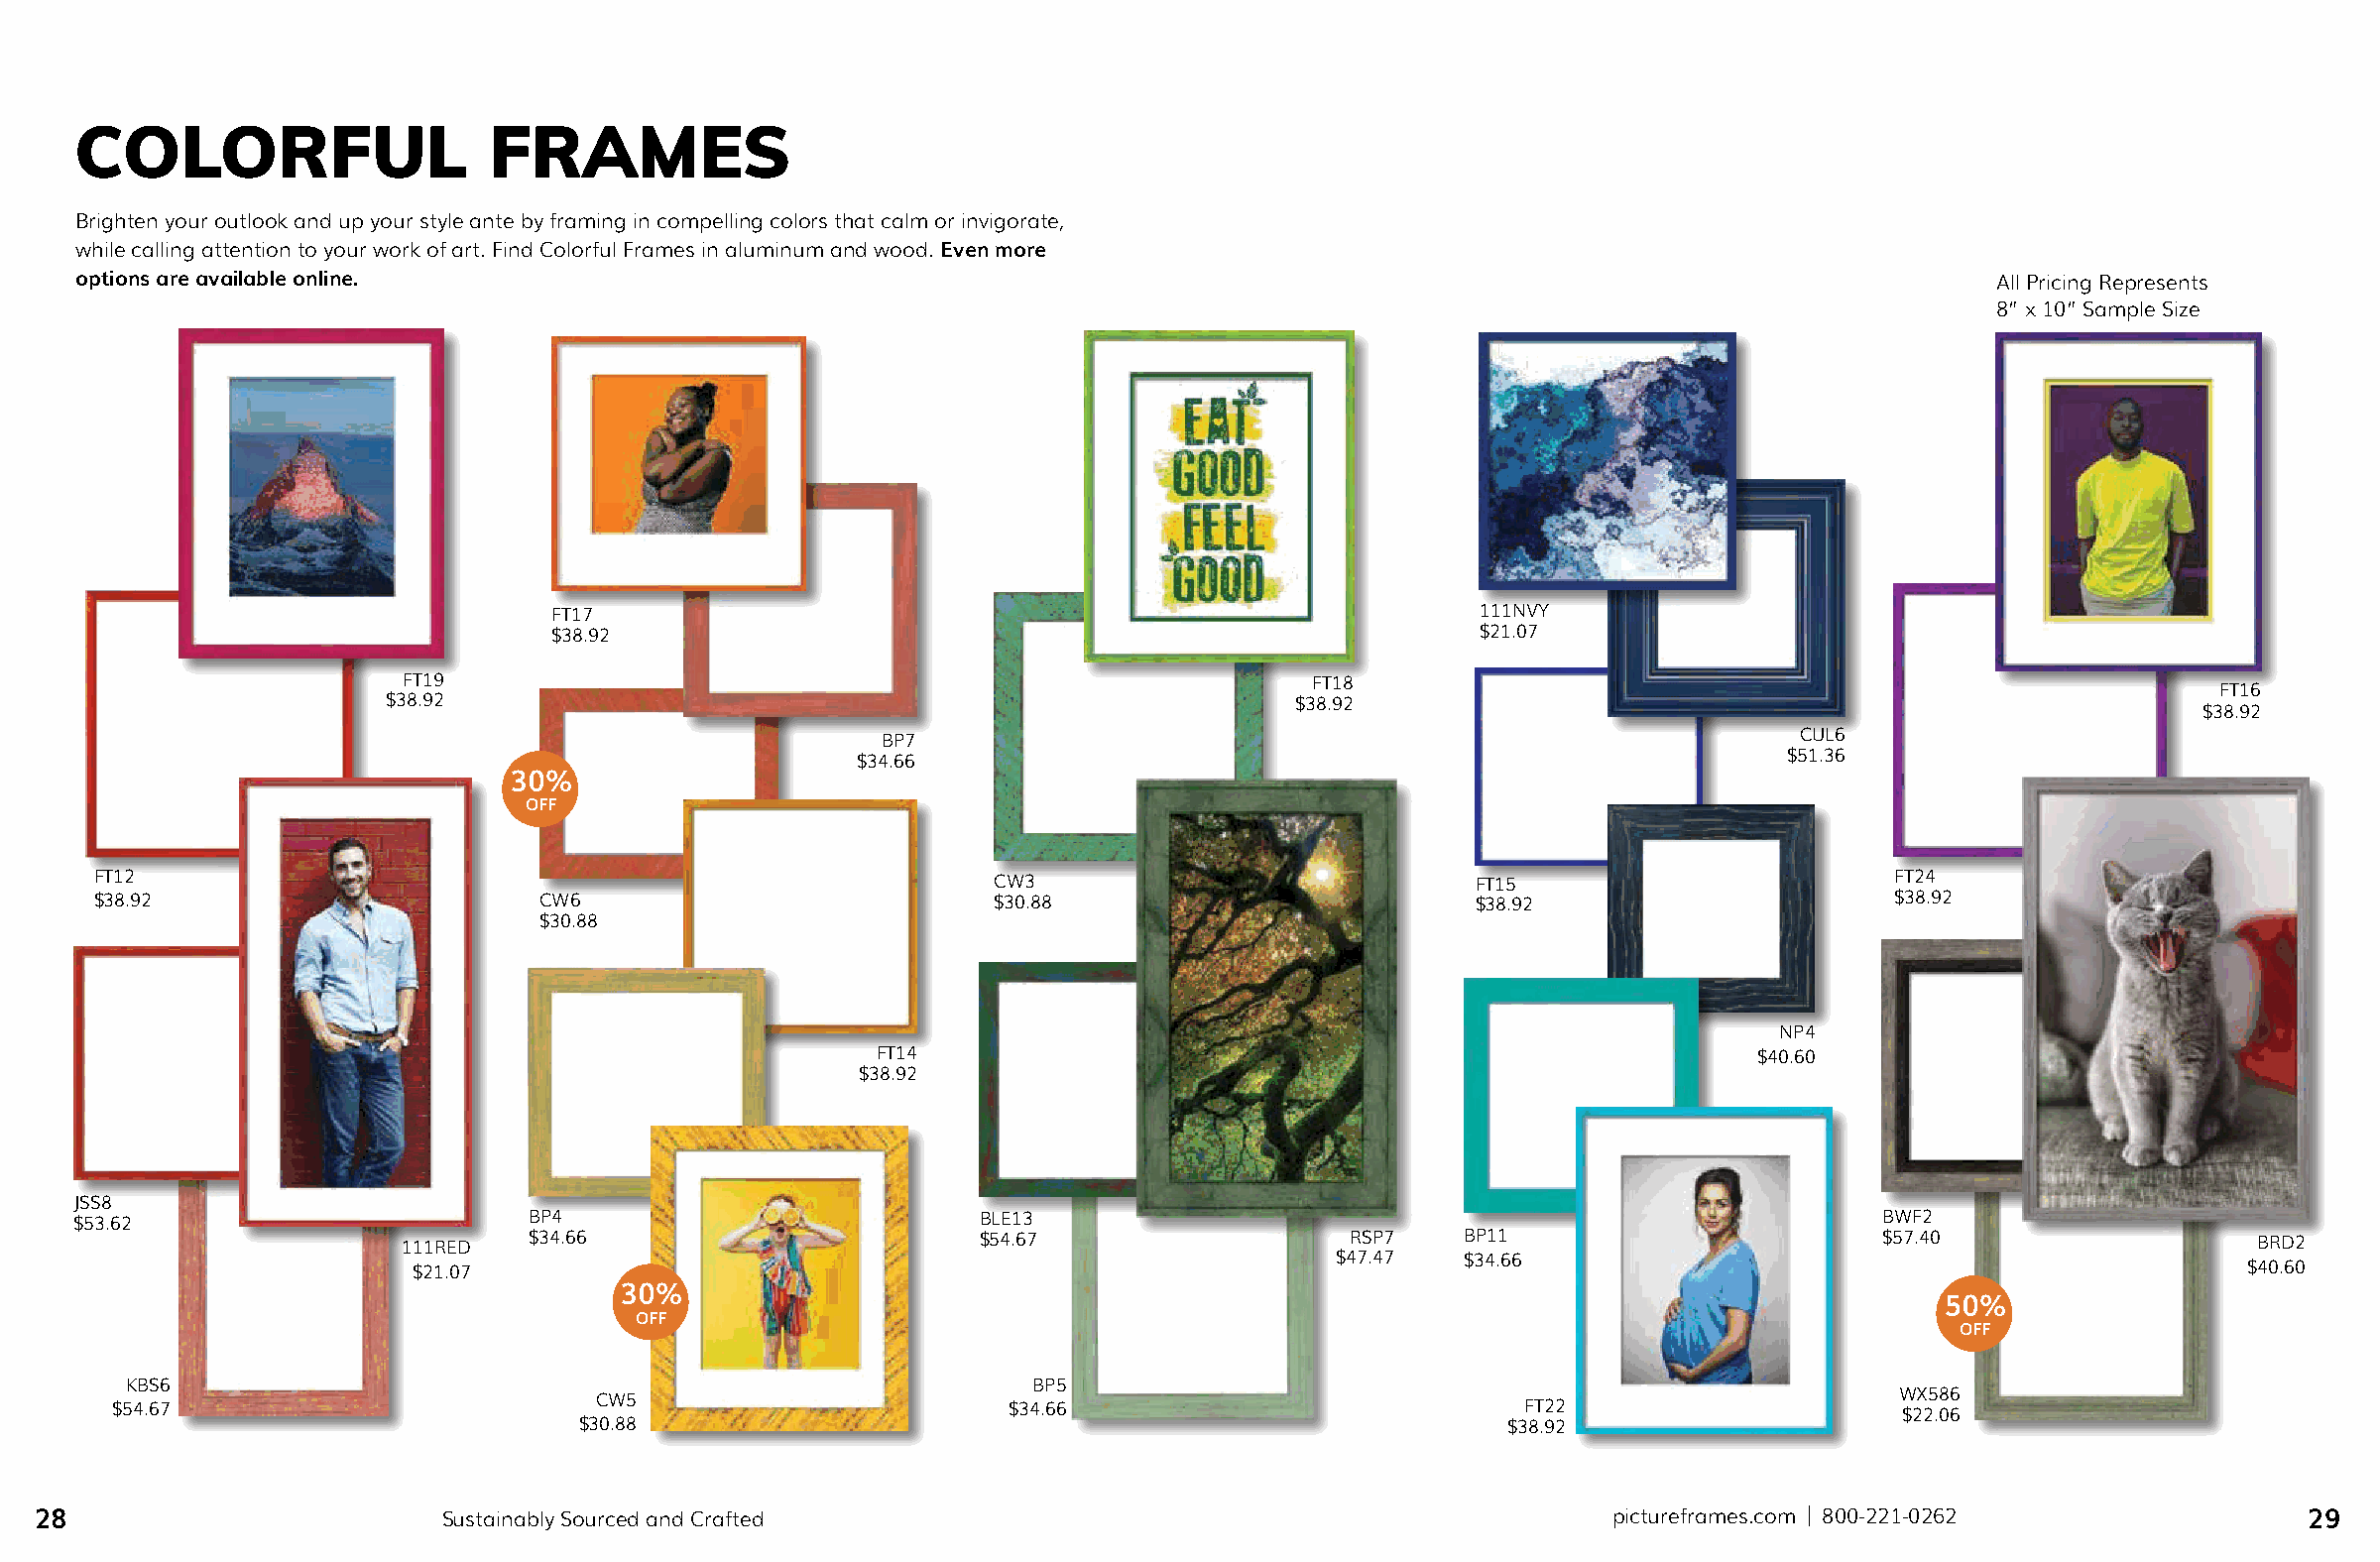
COLORFUL                    FRAMES
 Brighten your outlook and up your style ante by framing in compelling colors that calm or invigorate,
 while calling attention to your work of art. Find Colorful Frames in aluminum and wood. Even more
 options are available online.                                                                                                   All Pricing Represents
 8” x 10” Sample Size
 FT17                                                          111NVY
 $38.92                                                        $21.07
 FT19                                                         FT18
 FT16
 $38.92                                                      $38.92
 $38.92
 BP7                                                          CUL6
 $34.66                                                        $51.36
 30%
 OFF
 FT12                                                        CW3                             FT15                        FT24
 $38.92                        CW6                           $30.88                          $38.92                      $38.92
 $30.88
 NP4
 FT14                                                       $40.60
 $38.92
 JSS8
 $53.62                        BP4                           BLE13                                                        BWF2
 111RED  $34.66                        $54.67                   RSP7    BP11                        $57.40                   BRD2
 $21.07
 $47.47   $34.66
 $40.60
 30%
 50%
 OFF
 OFF
 KBS6                                                         BP5
 CW5                                                                                    WX586
 $54.67                                                      $34.66                             FT22                     $22.06
 $30.88                                                        $38.92
 28                         Sustainably Sourced and Crafted                                                pictureframes.com | 800-221-0262              29